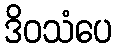
ဒိဝသံပေ